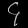
Digit: ၄